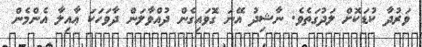
ވަރުދާ ކުޑަކޮށް ލަދުގަތެވެ. ނާޝިދު އޭނަ ގޮވައިގެން ދުއްވާލަން ދާވަހަކަ ޢާއިލާ އެންމެން